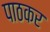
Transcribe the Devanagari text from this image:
पाठकर